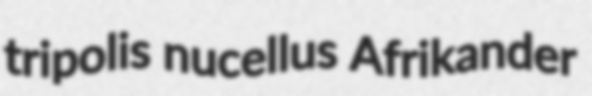
tripolis nucellus Afrikander